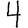
Digit: 4